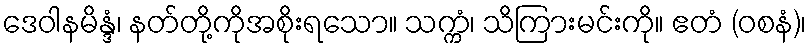
ဒေဝါနမိန္ဒံ၊ နတ်တို့ကိုအစိုးရသော။ သက္ကံ၊ သိကြားမင်းကို။ ဧတံ (ဝစနံ)၊